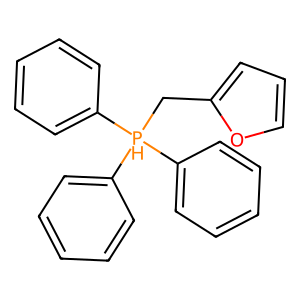
SMILES: c1ccc([PH](Cc2ccco2)(c2ccccc2)c2ccccc2)cc1
Inhibits HIV replication: No